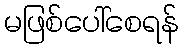
မဖြစ်ပေါ်စေရန်